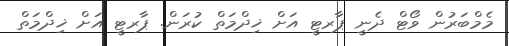
މެމްބަރުން ވޯޓް ދެނީ ޕާރޓީ އަށް ޚިދްމަތް ކުރަން. ޕާރޓީ އަށް ޚިދްމަތް